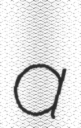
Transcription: a